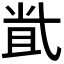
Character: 𡭶